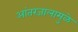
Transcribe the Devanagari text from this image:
आंतरजालामुळे